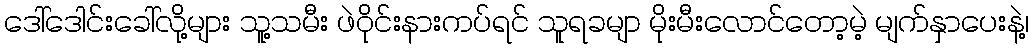
ဒေါ်ဒေါင်းခေါ်လို့များ သူ့သမီး ဖဲဝိုင်းနားကပ်ရင် သူရခမျာ မိုးမီးလောင်တော့မဲ့ မျက်နှာပေးနဲ့၊